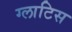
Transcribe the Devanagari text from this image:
ग्लाटिस